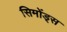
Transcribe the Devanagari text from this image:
सिमोंड्स